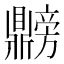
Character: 𫜡